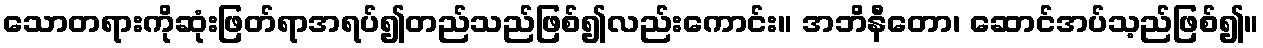
သောတရားကိုဆုံးဖြတ်ရာအရပ်၍တည်သည်ဖြစ်၍လည်းကောင်း။ အဘိနီတော၊ ဆောင်အပ်သ့ည်ဖြစ်၍။